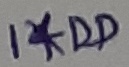
Text: 1*DD